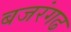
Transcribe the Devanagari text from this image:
बजरंगढ